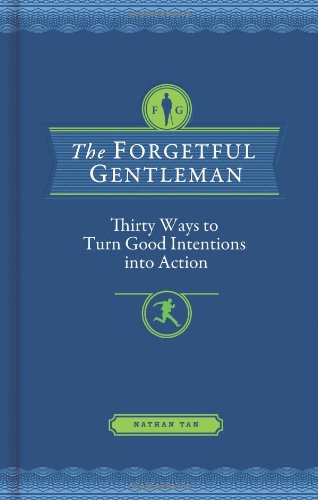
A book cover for The Forgetful Gentleman: Thirty Ways to Turn Good Intentions into Action; Nathan Tan; Health, Fitness & Dieting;